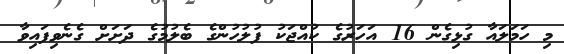
މި ހަމަލައާ ގުޅިގެން 16 އަހަރުގެ ކުއްޖަކު ފުލުހުންގެ ބެލުމުގެ ދަށަށް ގެނެވިފައިވާ